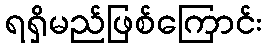
ရရှိမည်ဖြစ်ကြောင်း